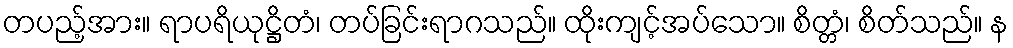
တပည့်အား။ ရာပရိယုဋ္ဌိတံ၊ တပ်ခြင်းရာဂသည်။ ထိုးကျင့်အပ်သော။ စိတ္တံ၊ စိတ်သည်။ န